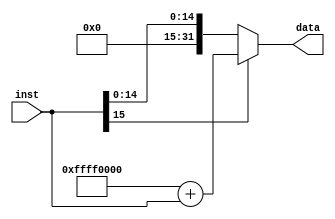
`timescale 1ns / 1ps
//////////////////////////////////////////////////////////////////////////////////
// Company: 
// Engineer: 
// 
// Design Name: 
// Module Name: signext
// Project Name: 
// Target Devices: 
// Tool Versions: 
// Description: 
// 
// Dependencies: 
// 
// Revision:
// Revision 0.01 - File Created
// Additional Comments:
// 
//////////////////////////////////////////////////////////////////////////////////


module signext(
    input [15:0] inst,
    output [31:0] data
    );
    
    reg [31:0] Data;
    always @ (inst)
    if(inst[15] == 0)
        Data = inst;
    else
        Data = 32'hffff0000 + inst;
    assign data = Data;
endmodule